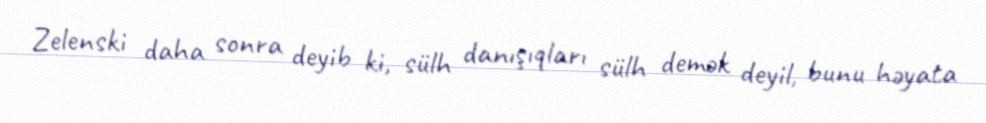
Zelenski daha sonra deyib ki, sülh danışıqları sülh demək deyil, bunu həyata